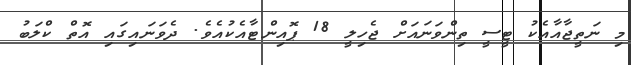
މި ނަތީޖާއާއެކު ޓީސީ ތިންވަނައަށް ޖެހިލީ 18 ޕޮއިންޓާއެކުއެވެ. ދެވަނައިގައި އޮތް ކްލަބު